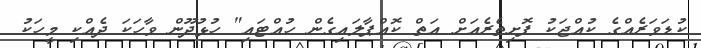
ކުޑަވަރެއްގެ ކުއްޖަކު ފޮށިތެރެއަށް އަތް ކޮއްޕާލައިގެން ހުއްޓައި" ހުޅުދޫން ވާހަކަ ދެއްކި މީހަކު